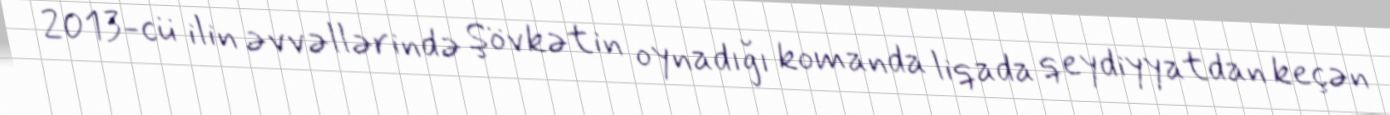
2013-cü ilin əvvəllərində Şövkətin oynadığı komanda liqada qeydiyyatdan keçən